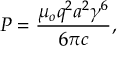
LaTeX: P = { \frac { \mu _ { o } q ^ { 2 } a ^ { 2 } \gamma ^ { 6 } } { 6 \pi c } } ,